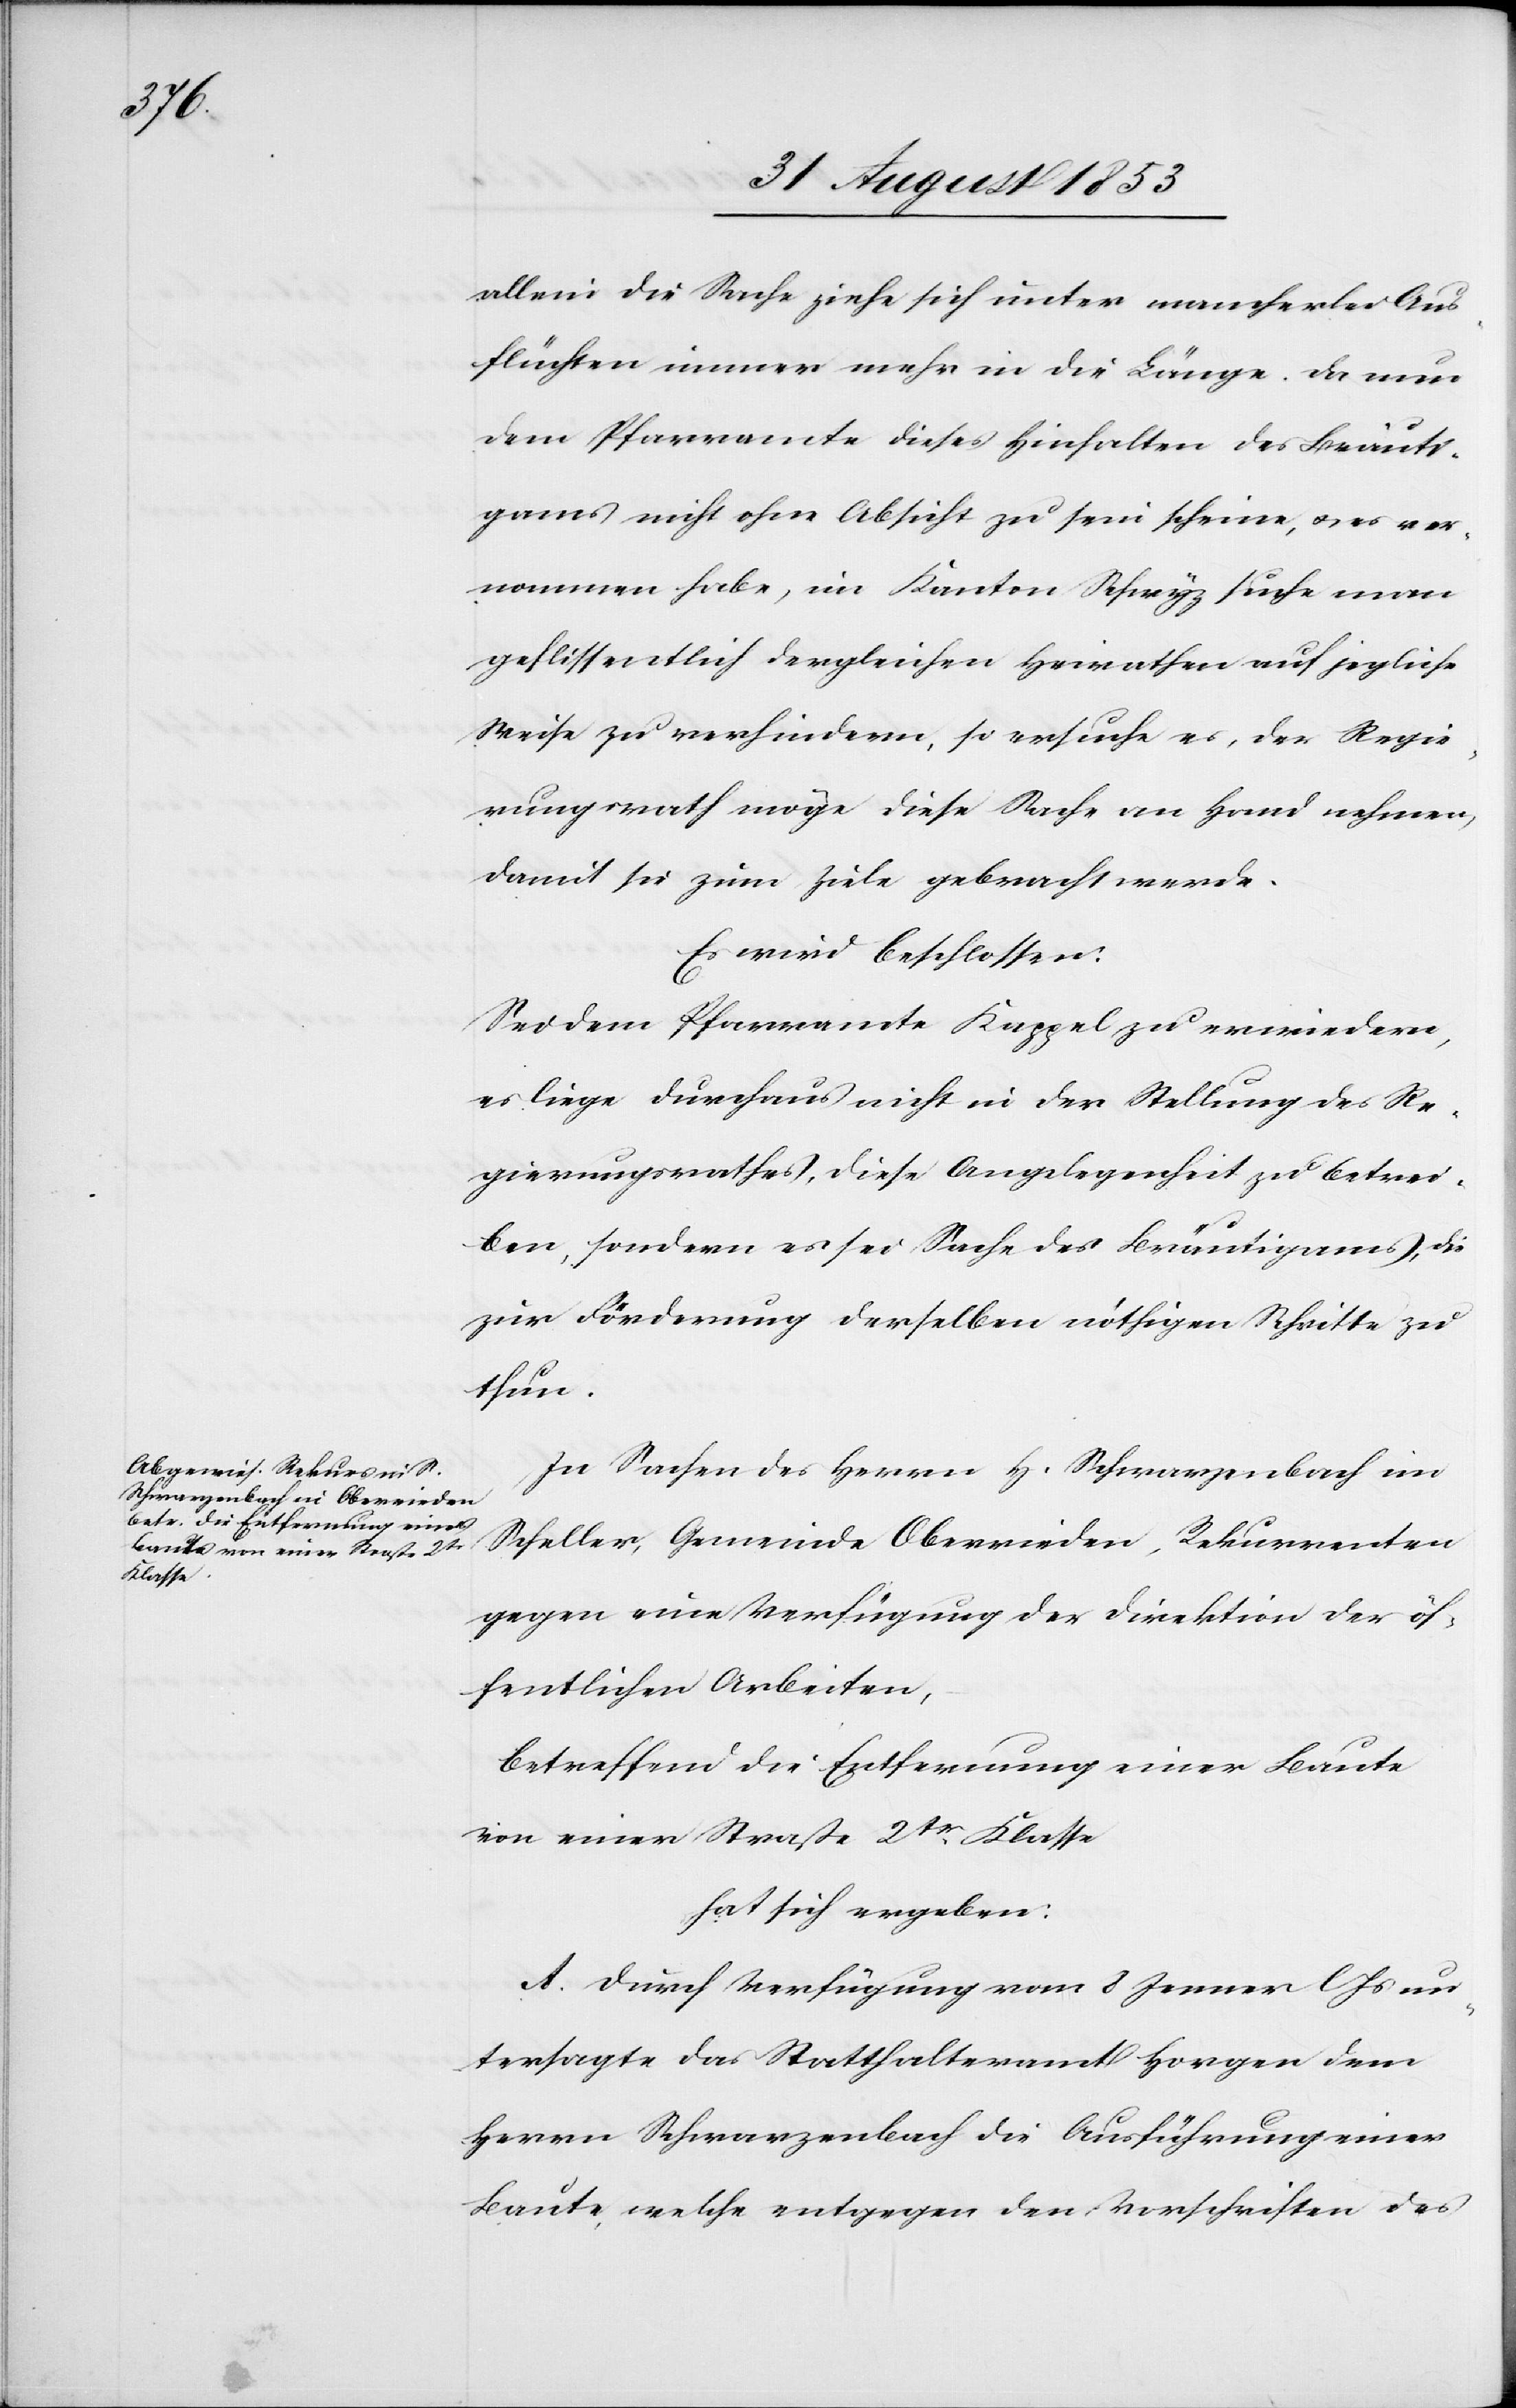
allein die Sache ziehe sich unter mancherlei Aus¬
flüchten immer mehr in die Länge. da nun
dem Pfarramte dieses Hinhalten des Bräuti¬
gams nicht ohne Absicht zu sein scheine, u. es ver¬
nommen habe, im Kanton Schwyz suche man
geflissentlich dergleichen Heirathen auf jegliche
Weise zu verhindern, so ersuche es, der Regie¬
rungsrath möge diese Sache an Hand nehmen,
damit sie zum Ziele gebracht werde.
Es wird beschlossen:
Sei dem Pfarramte Kappel zu erwiedern,
es liege durchaus nicht in der Stellung des Re¬
gierungsrathes, diese Angelegenheit zu betrei¬
ben, sondern es sei Sache des Bräutigams, die
zur Förderung derselben nöthigen Schritte zu
thun.
In Sachen des Herrn H. Schwarzenbach im
Scheller, Gemeinde Oberrieden, Rekurrenten
gegen eine Verfügung der Direktion der öf¬
fentlichen Arbeiten,
betreffend die Entfernung einer Baute
von einer Straße 2tr Klasse.
hat sich ergeben:
A. Durch Verfügung vom 8 Jenner l. Js. un¬
tersagte das Statthalteramt Horgen dem
Herrn Schwarzenbach die Ausführung einer
Baute, welche entgegen den Vorschriften des